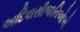
અદિવાસીજાતિઓએ